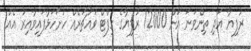
ރުފިޔާ އަދި ތިންވަނަ އަށް 12000 ރުފިޔާގެ ގިފްޓް ވައުޗަރެއް ހުށަހަޅާފައިވާއިރު އެއް